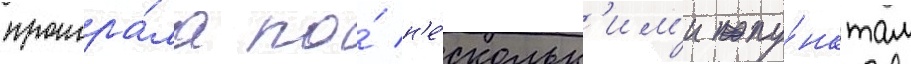
проигра́ла по́ н'е́скольк'им'и пу́нктам